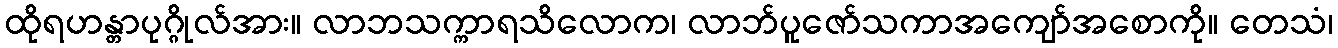
ထိုရဟန္တာပုဂ္ဂိုလ်အား။ လာဘသက္ကာရသိလောက၊ လာဘ်ပူဇော်သကာအကျော်အစောကို။ တေသံ၊